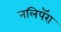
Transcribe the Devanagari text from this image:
नलिपॅरा